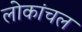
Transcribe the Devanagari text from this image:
लोकांचल